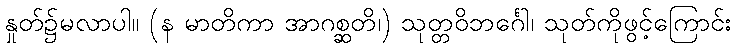
နှုတ်၌မလာပါ။ (န မာတိကာ အာဂစ္ဆတိ၊) သုတ္တဝိဘင်္ဂေါ၊ သုတ်ကိုဖွင့်ကြောင်း